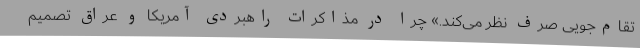
تقام‌جویی صرف‌ نظر می‌کند.» چرا در مذاکرات راهبردی آمریکا و عراق تصمیم